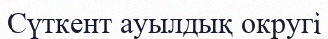
Сүткент ауылдық округі